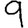
Digit: 9